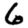
Digit: 6